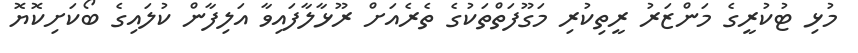
މުޅި ޓުކުރީގެ މަންޒަރު ރީތިކުރި މަގޫފަތްތަކުގެ ތެރެއަށް ރޫޅާލާފައިވާ އަލިފާން ކުލައިގެ ބޯކަށިކޮޔޮ